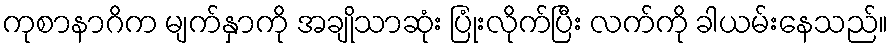
ကုစာနာဂိက မျက်နှာကို အချိုသာဆုံး ပြုံးလိုက်ပြီး လက်ကို ခါယမ်းနေသည်။